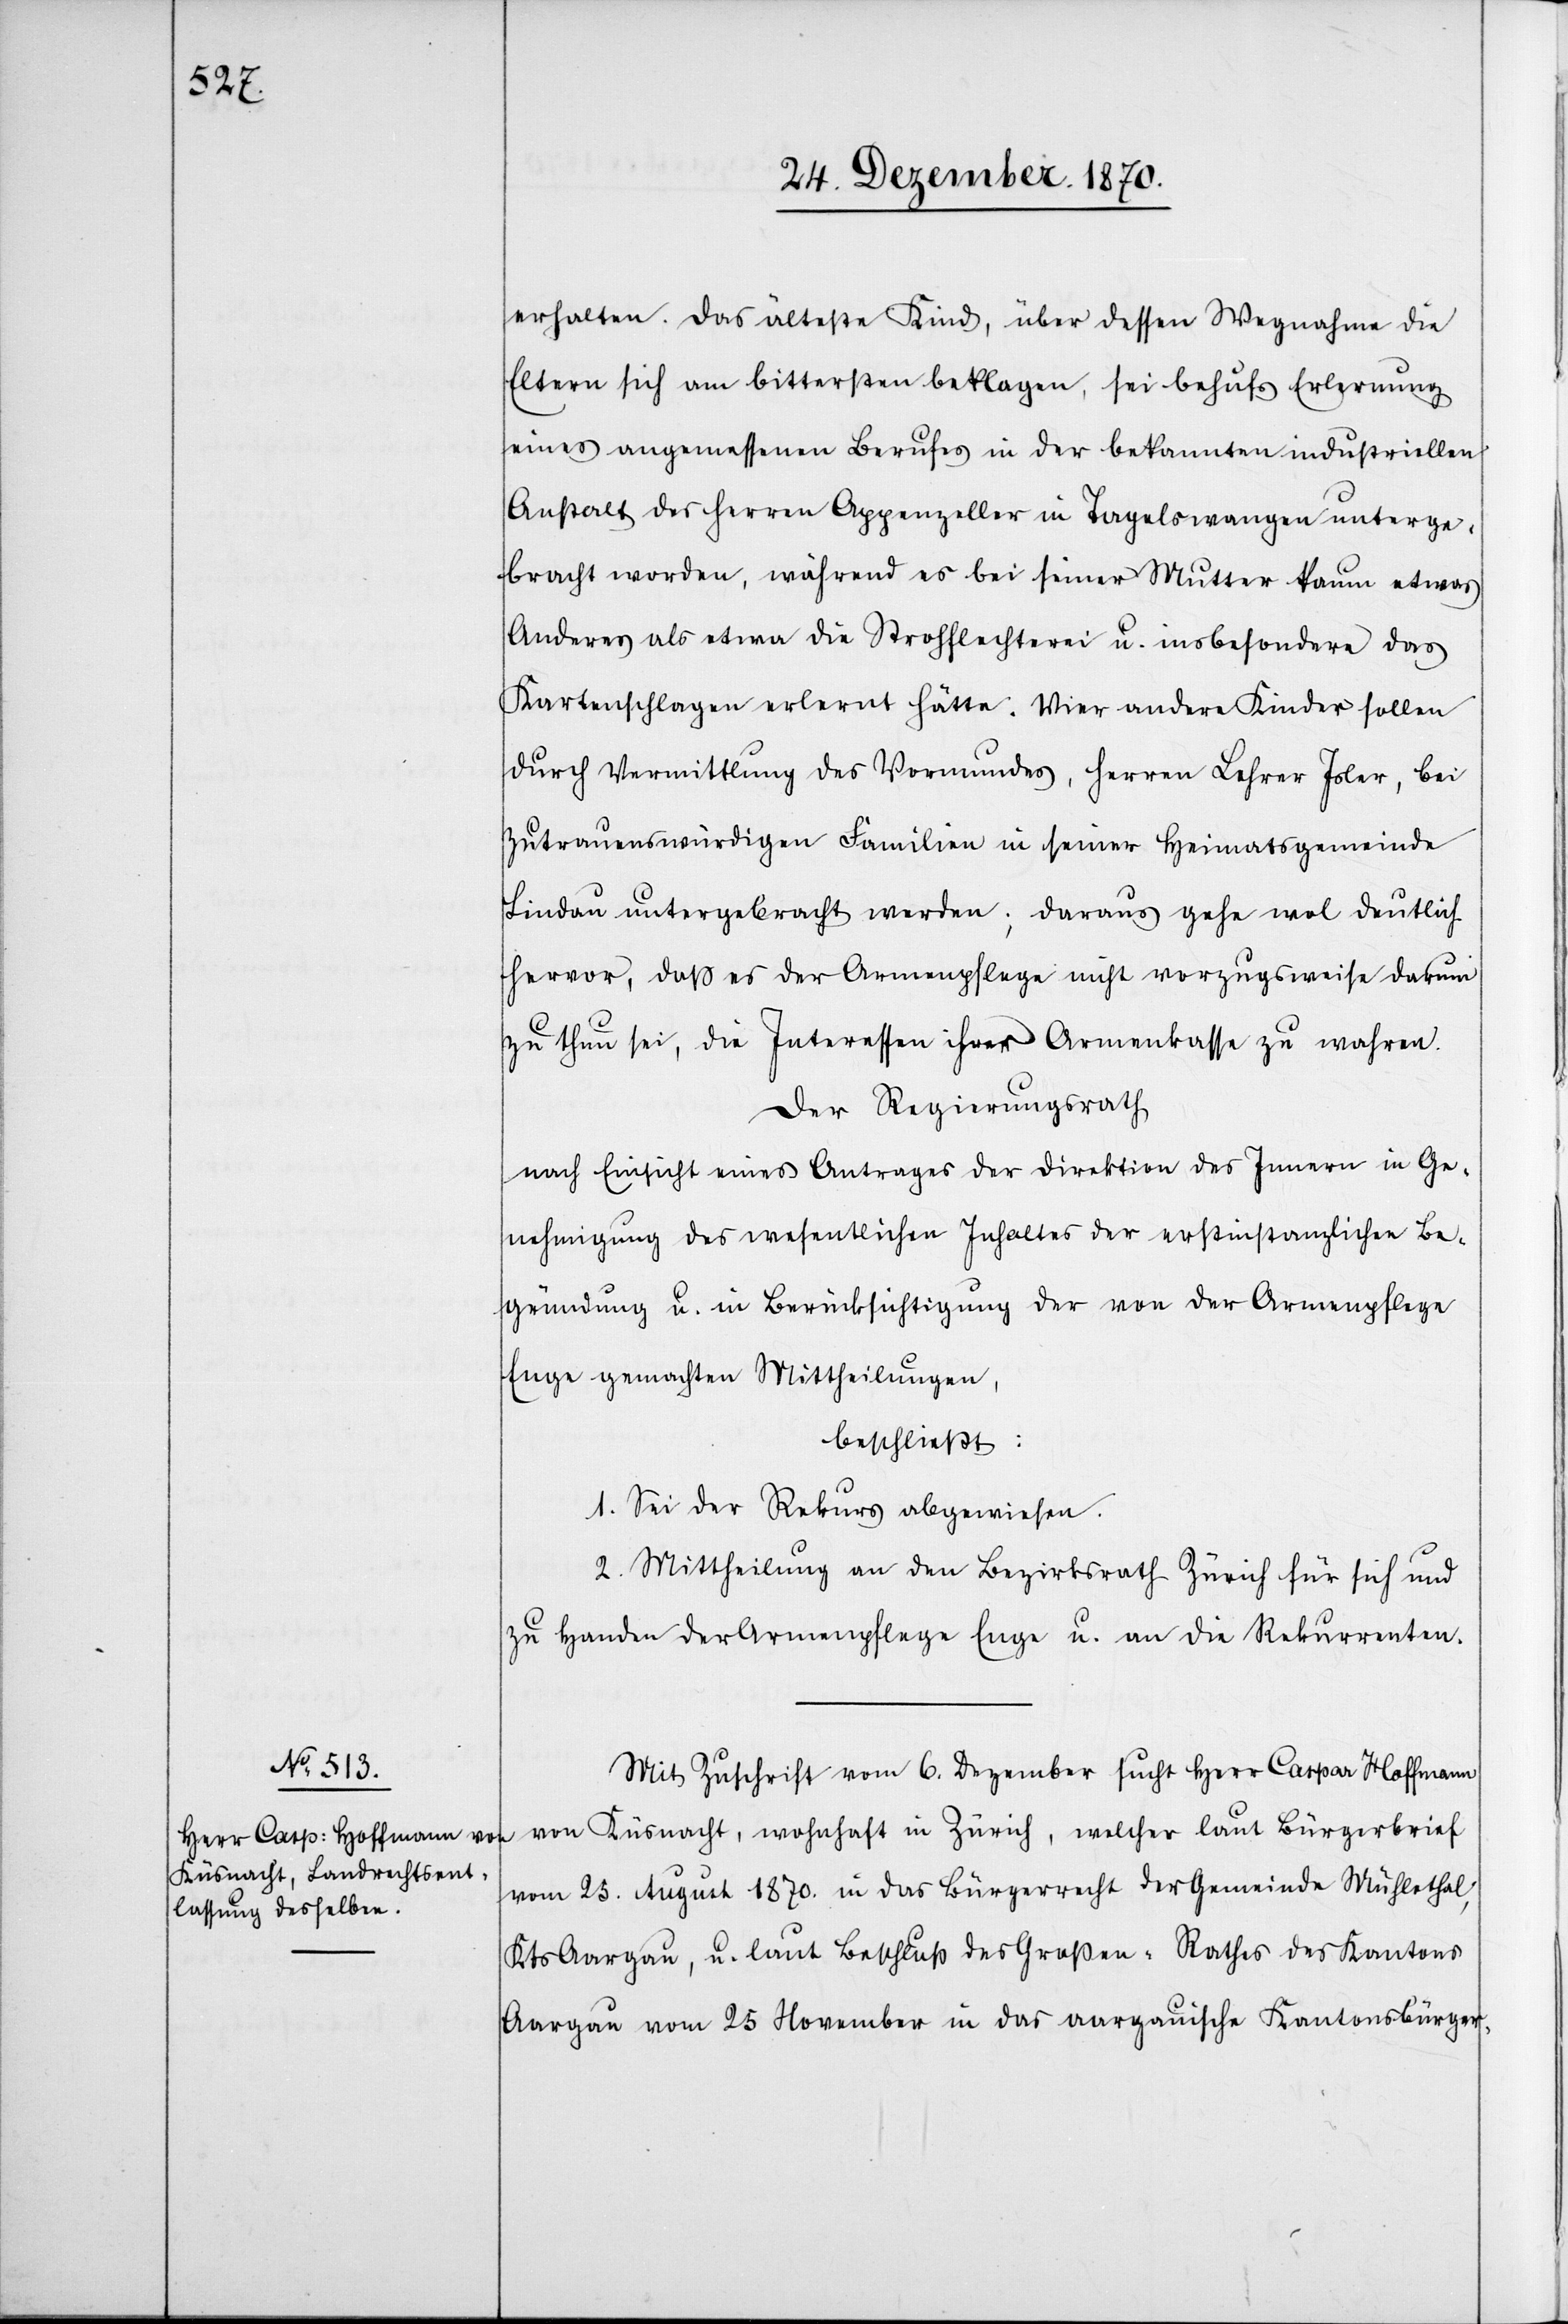
erhalten. Das älteste Kind, über dessen Wegnahme die
Eltern sich am bittersten beklagen, sei behufs Erlernung
eines angemessenen Berufes in der bekannten industriellen
Anstalt des Herren Appenzeller in Tagelswangen unterge¬
bracht worden, während es bei seiner Mutter kaum etwas
Anderes als etwa die Strohflechterei u. insbesondere das
Kartenschlagen erlernt hätte. Vier andere Kinder sollen
durch Vermittlung des Vormunds, Herren Lehrer Isler, bei
zutrauenswürdigen Familien in seiner Heimatsgemeinde
Lindau untergebracht werden; daraus gehe wol deutlich
hervor, daß es der Armenpflege nicht vorzugsweise darum
zu thun sei, die Interessen ihrer Armenkasse zu wahren.
Der Regierungsrath
nach Einsicht eines Antrages der Direktion des Innern in Ge¬
nehmigung des wesentlichen Inhaltes der erstinstanzlichen Be¬
gründung u. in Berücksichtigung der von der Armenpflege
Enge gemachten Mittheilungen,
beschließt:
1. Sei der Rekurs abgewiesen.
2. Mittheilung an den Bezirksrath Zürich für sich und
zu Handen der Armenpflege Enge u. an die Rekurrenten.
Mit Zuschrift vom 6. Dezember sucht Herr Caspar Hoffmann
von Küsnacht, wohnhaft in Zürich, welcher laut Bürgerbrief
vom 25. August 1870. in das Bürgerrecht der Gemeinde Mühlethal,
Kts Aargau, u. laut Beschluß des Großen-Rathes des Kantons
Aargau vom 25 November in das aargauische Kantonsbürger-